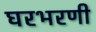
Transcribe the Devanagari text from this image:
घरभरणी